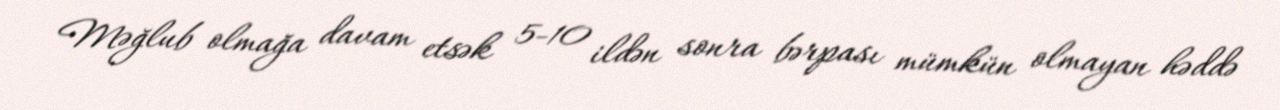
Məğlub olmağa davam etsək 5-10 ildən sonra bərpası mümkün olmayan həddə